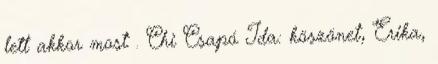
lett akkor most . Chi Csapó Ida: köszönet, Erika,